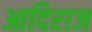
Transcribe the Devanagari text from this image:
आदिराज